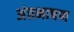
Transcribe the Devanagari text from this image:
अंतभाषण